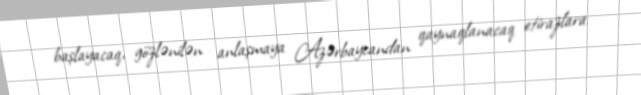
başlayacaq, gözlənilən anlaşmaya Azərbaycandan qaynaqlanacaq etirazlara